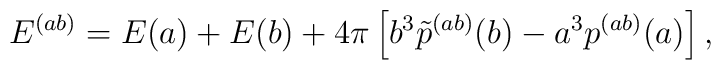
E^{(ab)}=E(a)+E(b)+4\pi \left[ b^3\tilde p^{(ab)}(b)-a^3p^{(ab)}(a)\right] ,